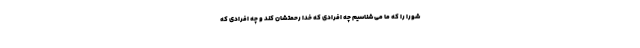
شورا را که ما می شناسیم چه افرادی که خدا رحمتشان کند و چه افرادی که